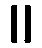
။